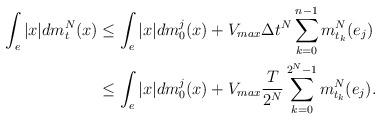
LaTeX: \begin{align*}\int_{e}|x|dm^N_t(x) &\leq \int_{e}|x|dm^j_0(x) + V_{max}\Delta t^N \sum_{k=0}^{n-1}m^N_{t_{k}}(e_j) \\&\leq \int_{e}|x|dm^j_0(x) + V_{max}\frac{T}{2^N}\sum_{k=0}^{2^N-1}m^{N}_{t_k}(e_j).\end{align*}